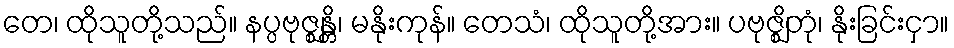
တေ၊ ထိုသူတို့သည်။ နပ္ပဗုဇ္ဈန္တိ၊ မနိုးကုန်။ တေသံ၊ ထိုသူတို့အား။ ပဗုဇ္ဈိတုံ၊ နိုးခြင်းငှာ။